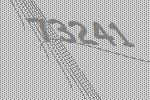
73241